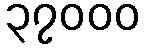
၃၇၀၀၀